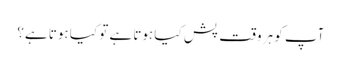
آپ کو ہر وقت پش کیا ہوتا ہے تو کیا ہوتا ہے؟